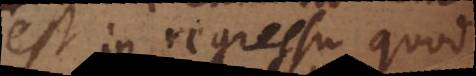
est in regressu quod